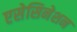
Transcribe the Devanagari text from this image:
एसेसिनेशन